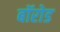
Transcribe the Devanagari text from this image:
बॉरोड